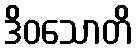
ဒိဝသောတိ